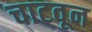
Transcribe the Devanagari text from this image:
चाटवून